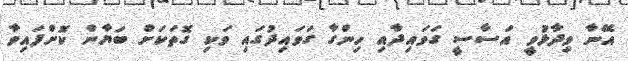
އޭނާ ވިދާޅުވީ އަސާސީ ގަވައިދާއި ހިންގާ ގަވައިދުގައި ވަކި ގޮތަކަށް ބަޔާން ކޮށްފައިވާ